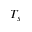
T _ { s }